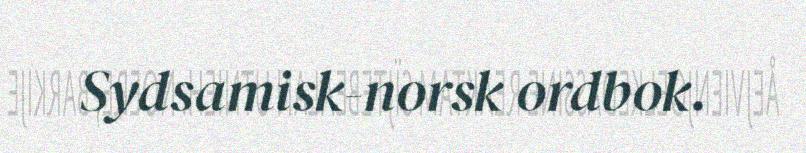
Sydsamisk-norsk ordbok.